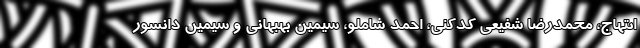
ابتهاج، محمدرضا شفیعی کدکنی، احمد شاملو، سیمین بهبهانی و سیمین دانشور